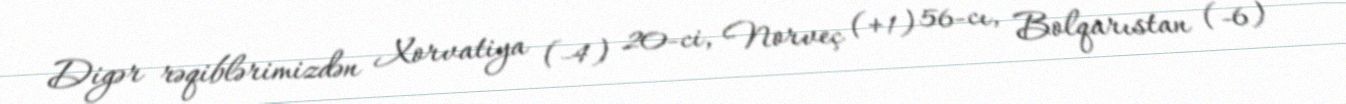
Digər rəqiblərimizdən Xorvatiya (-4) 20-ci, Norveç (+1) 56-cı, Bolqarıstan (-6)